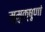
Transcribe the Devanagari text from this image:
मुमुक्षूणां